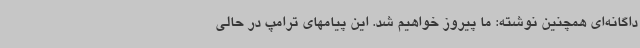
داگانه‌ای همچنین نوشته: ما پیروز خواهیم شد. این پیامهای ترامپ در حالی